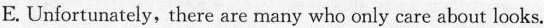
E. Unfortunately, there are many who only care about looks.